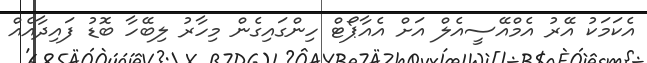
އެކަމަކު އޭރު އެމްއޭސީއެލް އަށް އެއާޕޯޓް ހިންގައިގެން މިހާރު ލިބޭހާ ބޮޑު ފައިދާއެއް